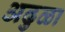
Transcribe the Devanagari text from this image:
अढुळा